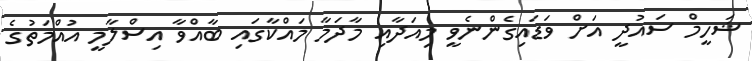
ޝަހީމް ސައުދީ އަށް ވަޑައިގެންނެވީ މިއަދާއި މާދަމާ މައްކާގައި ބާއްވާ އިސްލާމީ އުއްމަތުގެ